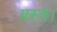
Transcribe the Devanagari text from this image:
ग्रस्त।